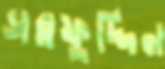
সরফুদ্দিন